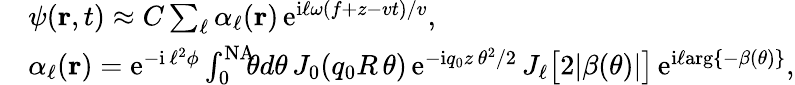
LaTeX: \begin{array}{rl}&{\psi({\mathbf r},t)\approx C\sum_{\ell}\alpha_{\ell}({\mathbf r})\, \mathrm{e}^{\mathrm{i}\ell\omega(f+z-vt)/v},}\\ &{\alpha_{\ell}({\mathbf r})=\mathrm{e}^{-\mathrm{i}\, \ell^{2}\phi}\int_{0}^{\mathrm{NA}}\! \! \! \theta d\theta\, J_{0}(q_{0}R\, \theta)\, \mathrm{e}^{-\mathrm{i}q_{0}z\, \theta^{2}/2}\, J_{\ell}\big[2|\beta(\theta)|\big]\, \mathrm{e}^{\mathrm{i}\ell\mathrm{arg}\{ -\beta(\theta)\} },}\end{array}